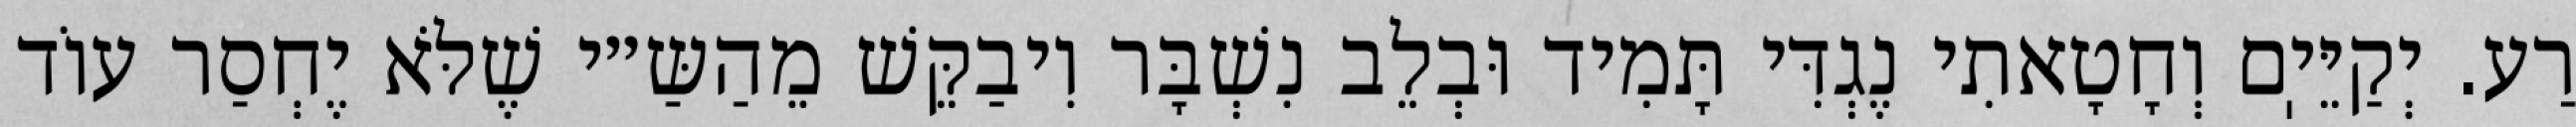
רַע. יְקַיֵּיֽם וְחָטָאתִי נֶגְדִּי תָּמִיד וּבְלֵב נִשְׁבָּר וִיבַקֵּשׁ מֵהַשַּ״י שֶׁלֹּא יֶחְסַר עוֹד